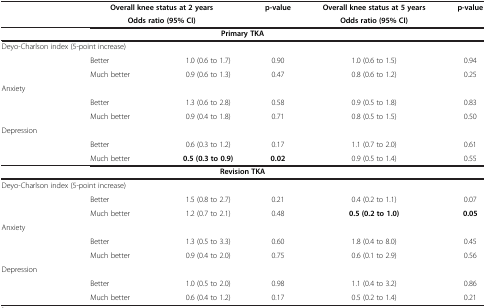
<table><thead><tr><td rowspan="2"><b> </b></td><td colspan="2"><b>Overall knee status at 2 years</b></td><td><b>p-value</b></td><td><b>Overall knee status at 5 years</b></td><td><b>p-value</b></td></tr><tr><td colspan="2"><b>Odds ratio (95% CI)</b></td><td><b> </b></td><td><b>Odds ratio (95% CI)</b></td><td><b> </b></td></tr></thead><tbody><tr><td colspan="6"><b>Primary TKA</b></td></tr><tr><td colspan="2">Deyo-Charlson index (5-point increase)</td><td> </td><td> </td><td> </td><td> </td></tr><tr><td> </td><td>Better</td><td>1.0 (0.6 to 1.7)</td><td>0.90</td><td>1.0 (0.6 to 1.5)</td><td>0.94</td></tr><tr><td> </td><td>Much better</td><td>0.9 (0.6 to 1.3)</td><td>0.47</td><td>0.8 (0.6 to 1.2)</td><td>0.25</td></tr><tr><td>Anxiety</td><td> </td><td> </td><td> </td><td> </td><td> </td></tr><tr><td> </td><td>Better</td><td>1.3 (0.6 to 2.8)</td><td>0.58</td><td>0.9 (0.5 to 1.8)</td><td>0.83</td></tr><tr><td> </td><td>Much better</td><td>0.9 (0.4 to 1.8)</td><td>0.71</td><td>0.8 (0.5 to 1.5)</td><td>0.50</td></tr><tr><td>Depression</td><td> </td><td> </td><td> </td><td> </td><td> </td></tr><tr><td> </td><td>Better</td><td>0.6 (0.3 to 1.2)</td><td>0.17</td><td>1.1 (0.7 to 2.0)</td><td>0.61</td></tr><tr><td> </td><td>Much better</td><td><b>0.5 (0.3 to 0.9)</b></td><td><b>0.02</b></td><td>0.9 (0.5 to 1.4)</td><td>0.55</td></tr><tr><td colspan="6"><b>Revision TKA</b></td></tr><tr><td colspan="2">Deyo-Charlson index (5-point increase)</td><td> </td><td> </td><td> </td><td> </td></tr><tr><td> </td><td>Better</td><td>1.5 (0.8 to 2.7)</td><td>0.21</td><td>0.4 (0.2 to 1.1)</td><td>0.07</td></tr><tr><td> </td><td>Much better</td><td>1.2 (0.7 to 2.1)</td><td>0.48</td><td><b>0.5 (0.2 to 1.0)</b></td><td><b>0.05</b></td></tr><tr><td>Anxiety</td><td> </td><td> </td><td> </td><td> </td><td> </td></tr><tr><td> </td><td>Better</td><td>1.3 (0.5 to 3.3)</td><td>0.60</td><td>1.8 (0.4 to 8.0)</td><td>0.45</td></tr><tr><td> </td><td>Much better</td><td>0.9 (0.4 to 2.0)</td><td>0.75</td><td>0.6 (0.1 to 2.9)</td><td>0.56</td></tr><tr><td>Depression</td><td> </td><td> </td><td> </td><td> </td><td> </td></tr><tr><td> </td><td>Better</td><td>1.0 (0.5 to 2.0)</td><td>0.98</td><td>1.1 (0.4 to 3.2)</td><td>0.86</td></tr><tr><td> </td><td>Much better</td><td>0.6 (0.4 to 1.2)</td><td>0.17</td><td>0.5 (0.2 to 1.4)</td><td>0.21</td></tr></tbody></table>